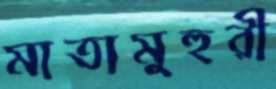
মাতামুহুরী